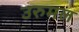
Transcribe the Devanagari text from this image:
उरुमल